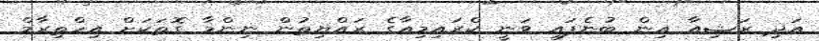
އަދި ރަޝިއާ އިން ބުނެފައި ވަނީ ކްރައިމިއާގެ ރައްޔިތުން ނިންމާ ގޮތަކަށް އިހްތިރާމް